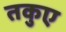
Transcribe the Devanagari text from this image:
तकुए